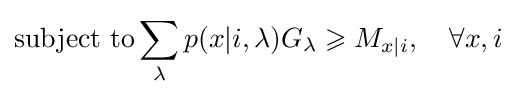
\mathrm {subject\ to} \sum _{\lambda }p(x|i,\lambda )G_{\lambda }\geqslant M_{x|i},\quad \forall x,i